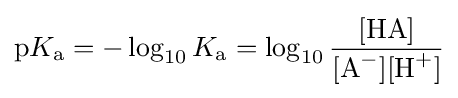
\mathrm {p} K_{{\ce {a}}}=-\log _{10}K_{\text{a}}=\log _{10}{\frac {{\ce {[HA]}}}{[{\ce {A^-}}][{\ce {H+}}]}}